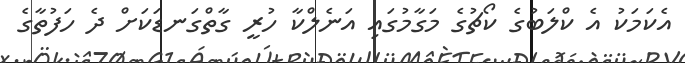
އެކަމަކު އެ ކްލަބުގެ ކޯޗުގެ މަގާމުގައި އަނެލްކާ ހުރީ ގާތްގަނޑަކަށް ދެ ހަފުތާގެ